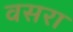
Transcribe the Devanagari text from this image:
वसरा